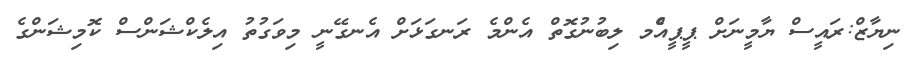
ނިޔާޒް:ރައީސް ޔާމީނަށް ޕީޕީއެްމ ލިބުނުގޮތް އެންމެ ރަނގަޅަށް އެނގޭނީ މިވަގުތު އިލެކްޝަންސް ކޮމިޝަންގެ